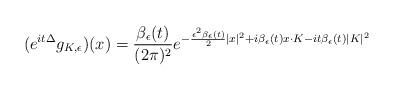
LaTeX: \begin{align*}(e^{i t \Delta} g_{K,\epsilon})(x) = \frac{\beta_\epsilon(t)}{(2\pi)^2} e^{ - \frac{\epsilon^2\beta_\epsilon(t) }{2}|x|^2 + i \beta_{\epsilon}(t) x \cdot K- i t \beta_{\epsilon}(t) |K|^2}\end{align*}